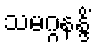
သမဂ္ဂနန္ဒိံ